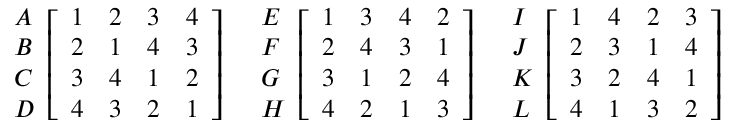
{ \begin{array} { l } { A } \\ { B } \\ { C } \\ { D } \end{array} } { \left[ \begin{array} { l l l l } { 1 } & { 2 } & { 3 } & { 4 } \\ { 2 } & { 1 } & { 4 } & { 3 } \\ { 3 } & { 4 } & { 1 } & { 2 } \\ { 4 } & { 3 } & { 2 } & { 1 } \end{array} \right] } \quad { \begin{array} { l } { E } \\ { F } \\ { G } \\ { H } \end{array} } { \left[ \begin{array} { l l l l } { 1 } & { 3 } & { 4 } & { 2 } \\ { 2 } & { 4 } & { 3 } & { 1 } \\ { 3 } & { 1 } & { 2 } & { 4 } \\ { 4 } & { 2 } & { 1 } & { 3 } \end{array} \right] } \quad { \begin{array} { l } { I } \\ { J } \\ { K } \\ { L } \end{array} } { \left[ \begin{array} { l l l l } { 1 } & { 4 } & { 2 } & { 3 } \\ { 2 } & { 3 } & { 1 } & { 4 } \\ { 3 } & { 2 } & { 4 } & { 1 } \\ { 4 } & { 1 } & { 3 } & { 2 } \end{array} \right] }